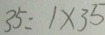
3 5 = 1 \times 3 5